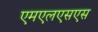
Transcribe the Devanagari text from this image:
एमएलएसएस